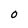
Character: O